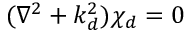
( \nabla ^ { 2 } + k _ { d } ^ { 2 } ) \chi _ { d } = 0